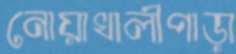
নোয়াখালীপাড়া